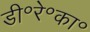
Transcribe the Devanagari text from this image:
डी॰रे॰का॰